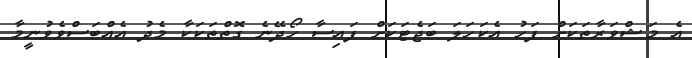
އެ މަޝްވަރާތަކަށް ފަހު އެކަހަލަ ބަޖެޓަކަށް ފައިސާ ހޯދޭނެ ގޮތްތަކަކާ މެދު އެއްބަސްވެވުނީމާ